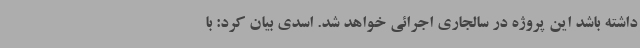
داشته باشد این پروژه در سالجاری اجرائی خواهد شد. اسدی بیان کرد: با